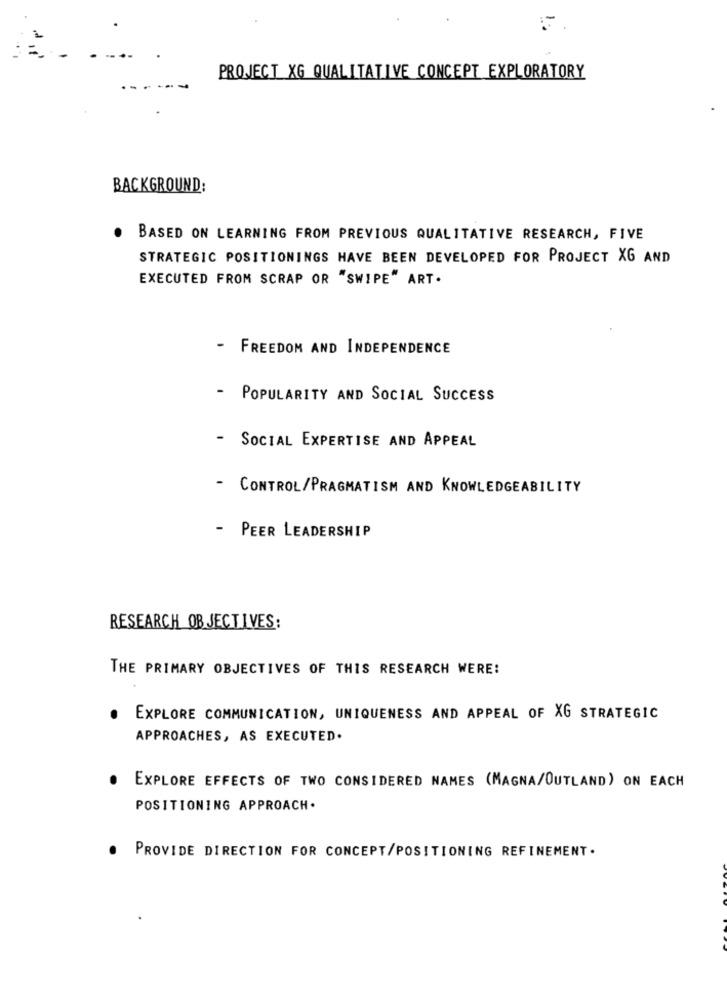
=
PROJECT XG QUALITATIVE CONCEPT EXPLORATORY
BACKGROUND:
BASED ON LEARNING FROM PREVIOUS QUALITATIVE RESEARCH, FIVE
STRATEGIC POSITIONINGS HAVE BEEN DEVELOPED FOR PROJECT XG AND
EXECUTED FROM SCRAP OR "SWIPE" ART.
-
FREEDOM AND INDEPENDENCE
-
POPULARITY AND SOCIAL SUCCESS
-
SOCIAL EXPERTISE AND APPEAL
- CONTROL/PRAGMATISM AND KNOWLEDGEABILITY
- PEER LEADERSHIP
RESEARCH OBJECTIVES:
THE PRIMARY OBJECTIVES OF THIS RESEARCH WERE:
. EXPLORE COMMUNICATION, UNIQUENESS AND APPEAL OF XG STRATEGIC
APPROACHES, AS EXECUTED.
EXPLORE EFFECTS OF TWO CONSIDERED NAMES (MAGNA/OUTLAND) ON EACH
POSITIONING APPROACH.
PROVIDE DIRECTION FOR CONCEPT/POSITIONING REFINEMENT.